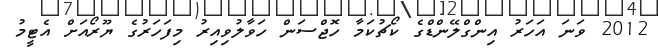
2012 ވަނަ އަހަރު އިންގްލޭންޑްގެ ކޯޗުކަމާ ހޮޖްސަން ހަވާލުވިއިރު މިފަހަރުގެ ޔޫރޯއަށް އެޓީމު